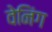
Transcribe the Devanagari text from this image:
वेनिंग